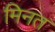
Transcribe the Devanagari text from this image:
मिनत